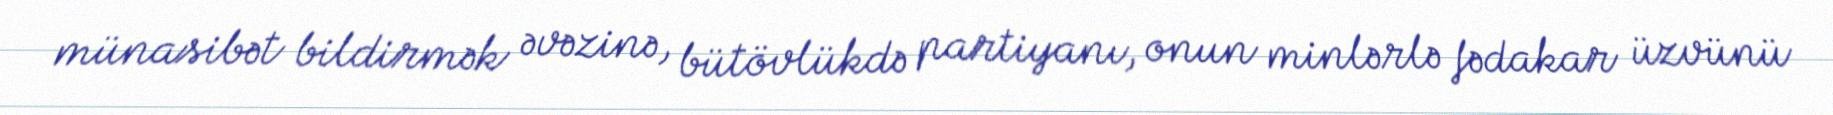
münasibət bildirmək əvəzinə, bütövlükdə partiyanı, onun minlərlə fədakar üzvünü